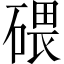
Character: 碨